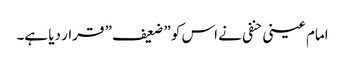
امام عینی حنفی نے اس کو ” ضعیف ” قرار دیا ہے۔